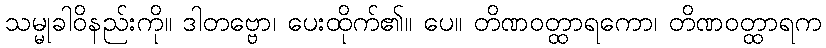
သမ္မုခါဝိနည်းကို။ ဒါတဗ္ဗော၊ ပေးထိုက်၏။ ပေ။ တိဏဝတ္ထာရကော၊ တိဏဝတ္ထာရက